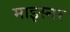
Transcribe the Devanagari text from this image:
माइस्नर